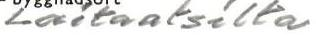
Laitaatsilta